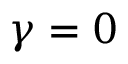
\gamma = 0